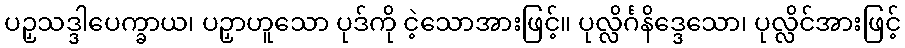
ပဉှသဒ္ဒါပေက္ခာယ၊ ပဉှာဟူသော ပုဒ်ကို ငဲ့သောအားဖြင့်။ ပုလ္လိင်္ဂနိဒ္ဒေသော၊ ပုလ္လိင်အားဖြင့်